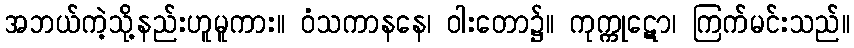
အဘယ်ကဲ့သို့နည်းဟူမူကား။ ဝံသကာနနေ၊ ဝါးတော၌။ ကုက္ကုဋော၊ ကြက်မင်းသည်။